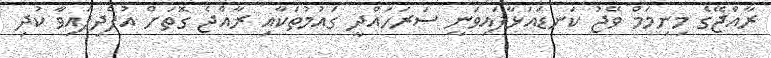
ރާއްޖޭގެ މިނިމަމް ވޭޖު ކަނޑައަޅާފައިވަނީ ސަރަހައްދީ ގައުމުތަކާއި ރާއްޖެ ގޮތަށް އުފެދިފައިވާ ކުދި